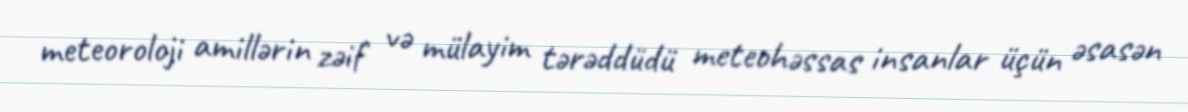
meteoroloji amillərin zəif və mülayim tərəddüdü meteohəssas insanlar üçün əsasən